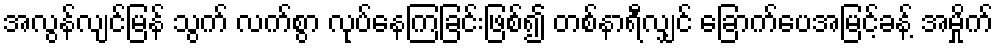
အလွန်လျင်မြန် သွက် လက်စွာ လုပ်နေကြခြင်းဖြစ်၍ တစ်နာရီလျှင် ခြောက်ပေအမြင့်ခန့် အမှိုက်